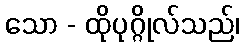
သော - ထိုပုဂ္ဂိုလ်သည်၊